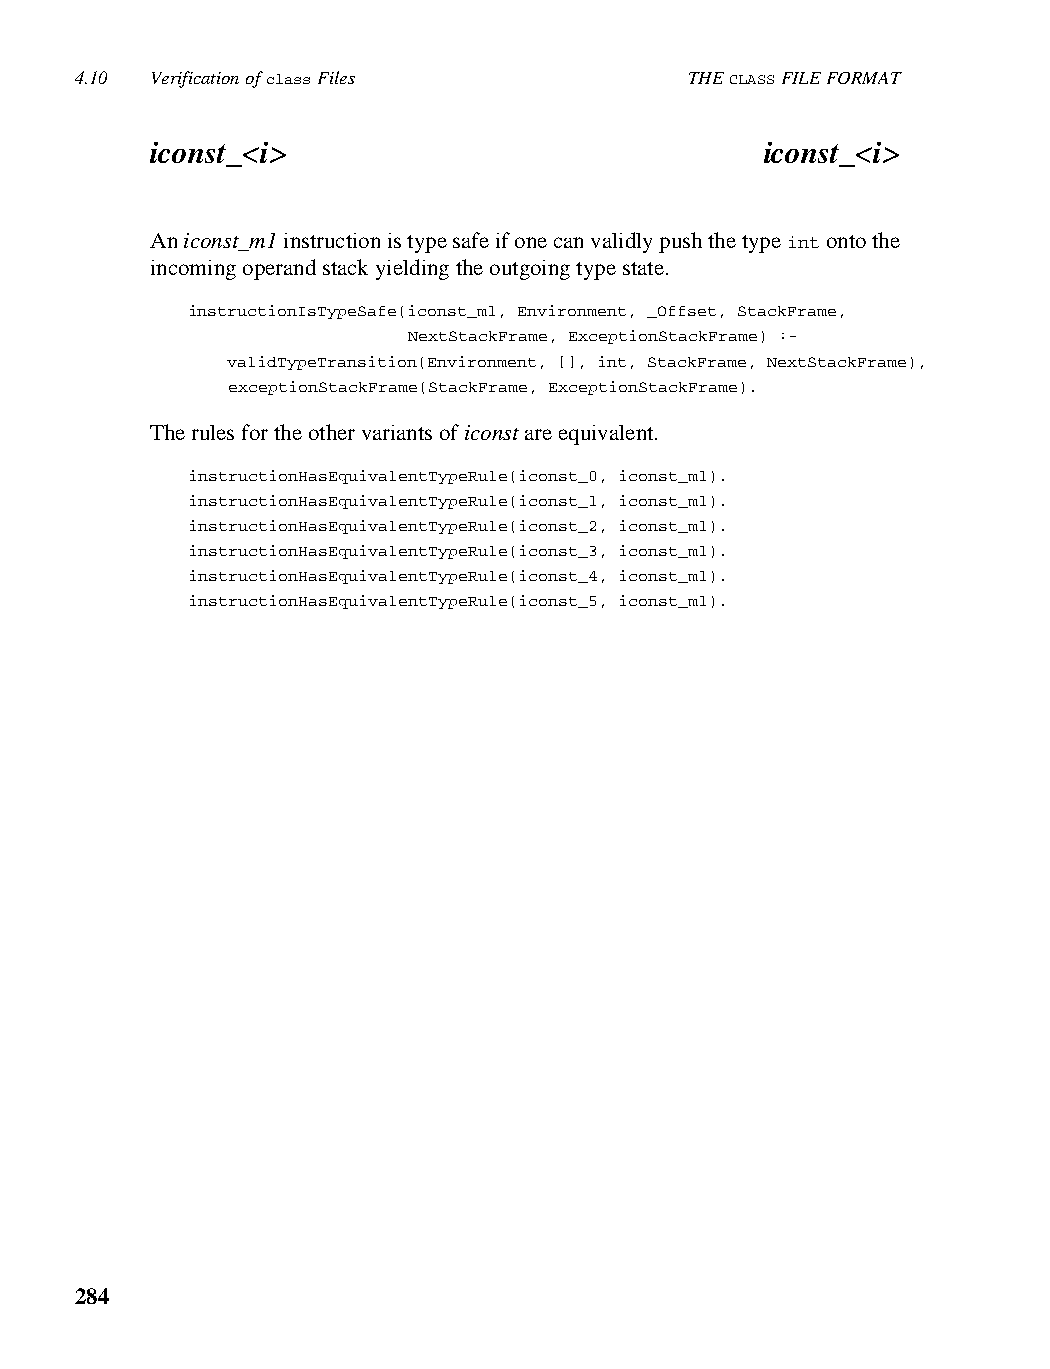
4.10 Verification of class Files         THE CLASS FILE FORMAT
 iconst_<i>                               iconst_<i>
 An iconst_m1 instruction is type safe if one can validly push the type int onto the
 incoming operand stack yielding the outgoing type state.
 instructionIsTypeSafe(iconst_m1, Environment, _Offset, StackFrame,
 NextStackFrame, ExceptionStackFrame) :-
 validTypeTransition(Environment, [], int, StackFrame, NextStackFrame),
 exceptionStackFrame(StackFrame, ExceptionStackFrame).
 The rules for the other variants of iconst are equivalent.
 instructionHasEquivalentTypeRule(iconst_0, iconst_m1).
 instructionHasEquivalentTypeRule(iconst_1, iconst_m1).
 instructionHasEquivalentTypeRule(iconst_2, iconst_m1).
 instructionHasEquivalentTypeRule(iconst_3, iconst_m1).
 instructionHasEquivalentTypeRule(iconst_4, iconst_m1).
 instructionHasEquivalentTypeRule(iconst_5, iconst_m1).
 284